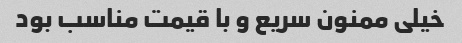
خیلی ممنون سریع و با قیمت مناسب بود